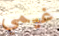
غيمي